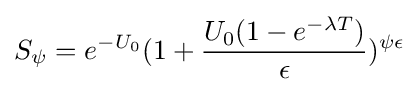
S_{\psi }=e^{-U_{0}}(1+{\frac {U_{0}(1-e^{-\lambda T})}{\epsilon }})^{\psi \epsilon }